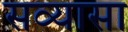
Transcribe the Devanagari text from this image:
सव्यासा